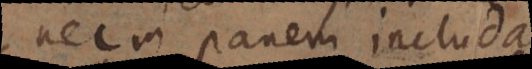
nec in panem includat,